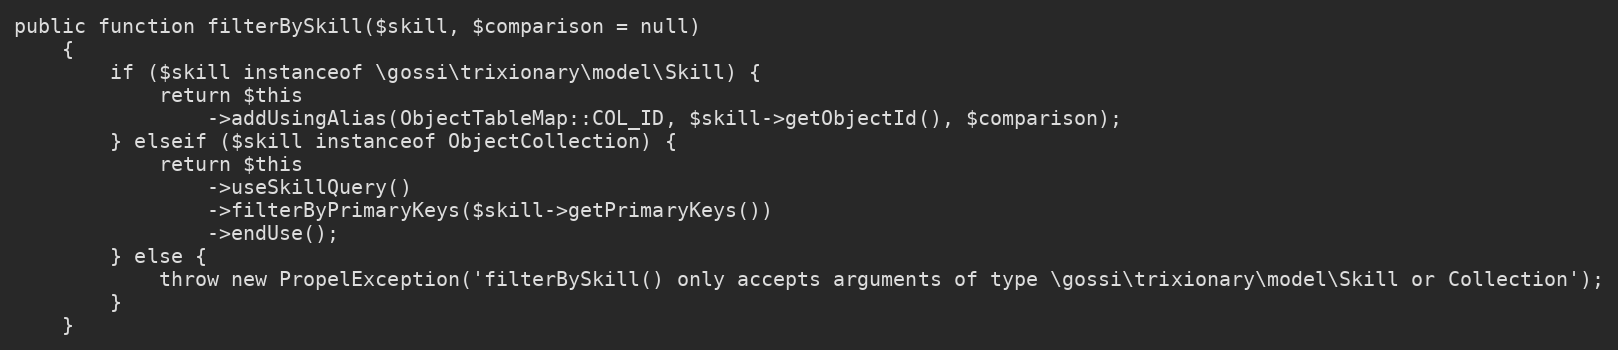
Language: PHP
public function filterBySkill($skill, $comparison = null)
    {
        if ($skill instanceof \gossi\trixionary\model\Skill) {
            return $this
                ->addUsingAlias(ObjectTableMap::COL_ID, $skill->getObjectId(), $comparison);
        } elseif ($skill instanceof ObjectCollection) {
            return $this
                ->useSkillQuery()
                ->filterByPrimaryKeys($skill->getPrimaryKeys())
                ->endUse();
        } else {
            throw new PropelException('filterBySkill() only accepts arguments of type \gossi\trixionary\model\Skill or Collection');
        }
    }